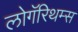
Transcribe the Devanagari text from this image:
लोगॅरिथम्स